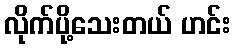
လိုက်ပို့သေးတယ် ဟင်း